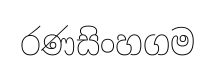
රණසිංහගම